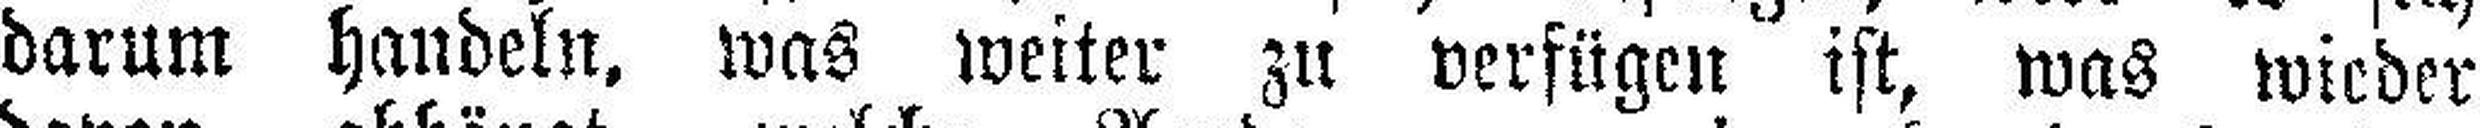
darum handeln, was weiter zu verfügen ist, was wieder